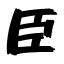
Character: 臣